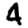
Digit: 4